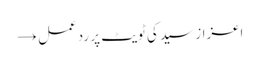
اعزاز سید کی ٹویٹ پر ردعمل →